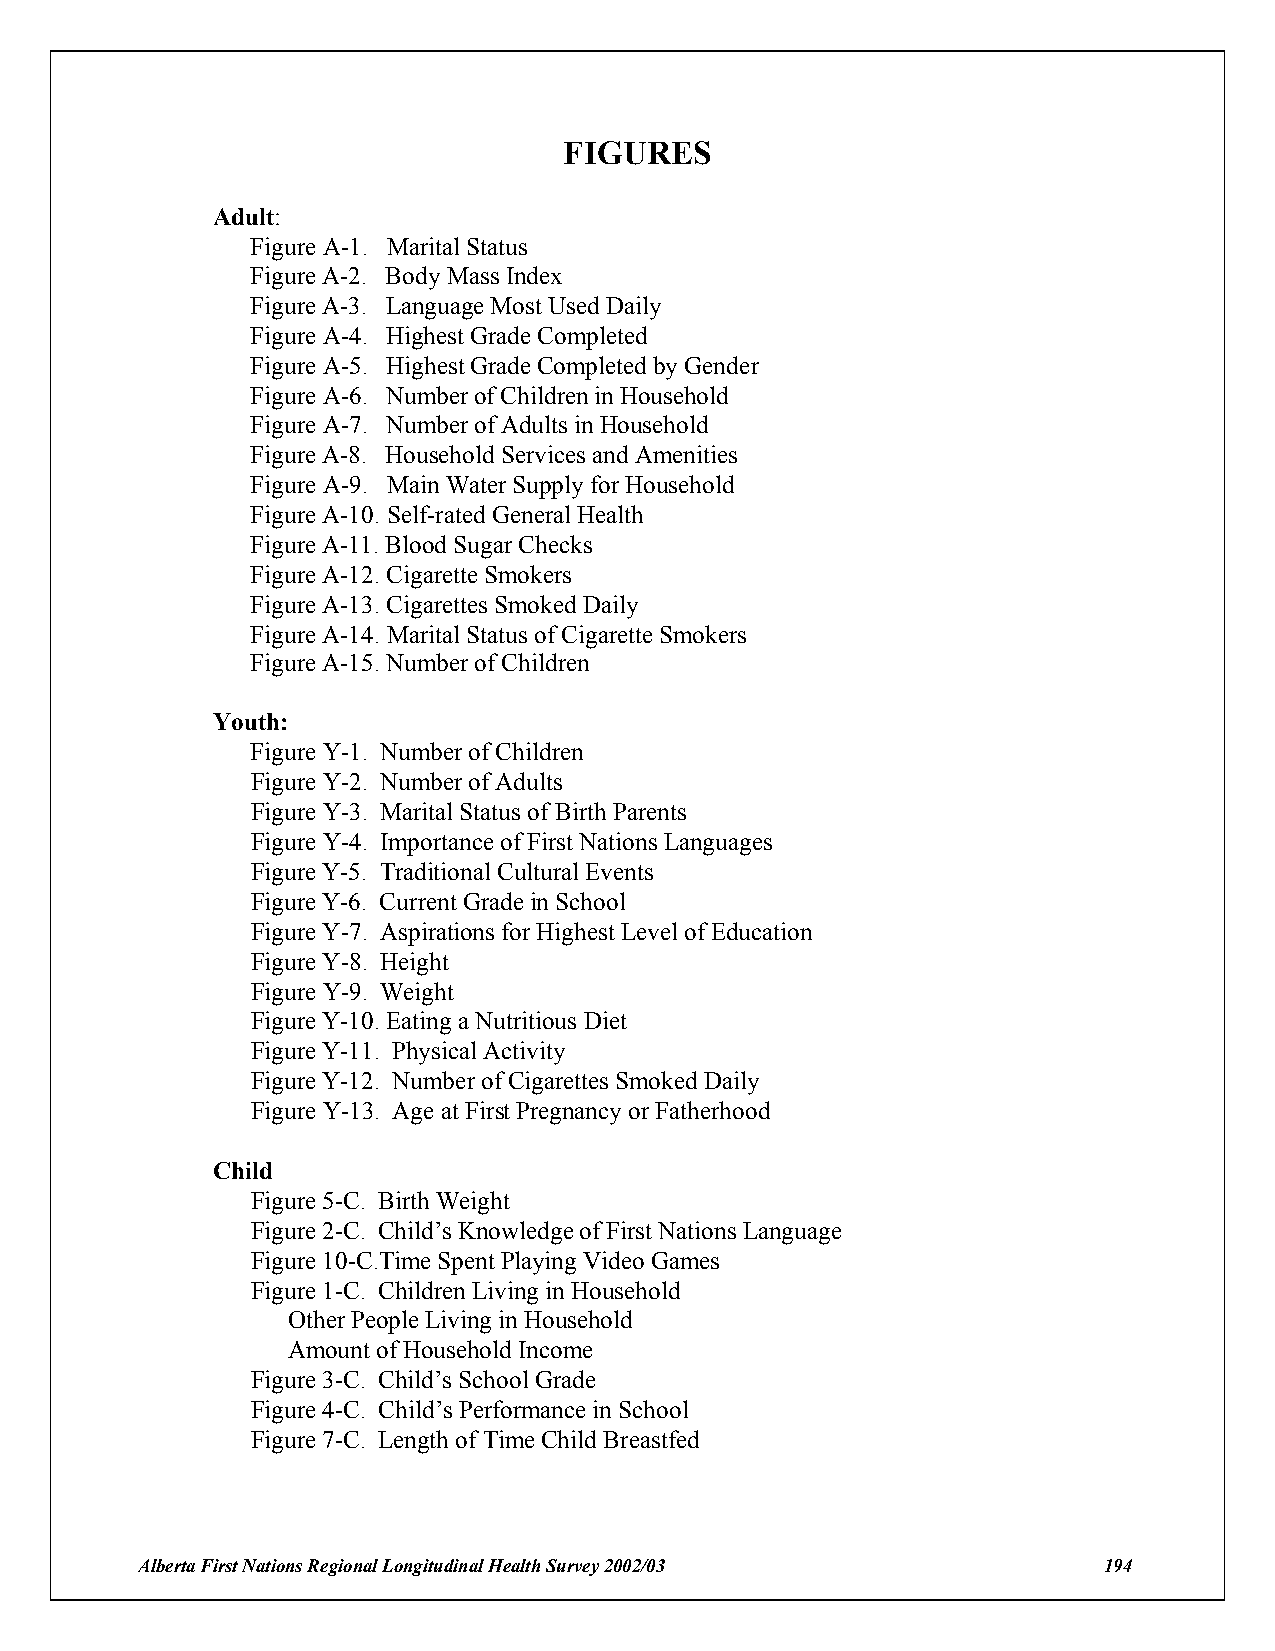
FIGURES
 Adult:
 Figure A-1. Marital Status
 Figure A-2. Body Mass Index
 Figure A-3. Language Most Used Daily
 Figure A-4. Highest Grade Completed
 Figure A-5. Highest Grade Completed by Gender
 Figure A-6. Number of Children in Household
 Figure A-7. Number of Adults in Household
 Figure A-8. Household Services and Amenities
 Figure A-9. Main Water Supply for Household
 Figure A-10. Self-rated General Health
 Figure A-11. Blood Sugar Checks
 Figure A-12. Cigarette Smokers
 Figure A-13. Cigarettes Smoked Daily
 Figure A-14. Marital Status of Cigarette Smokers
 Figure A-15. Number of Children
 Youth:
 Figure Y-1. Number of Children
 Figure Y-2. Number of Adults
 Figure Y-3. Marital Status of Birth Parents
 Figure Y-4. Importance of First Nations Languages
 Figure Y-5. Traditional Cultural Events
 Figure Y-6. Current Grade in School
 Figure Y-7. Aspirations for Highest Level of Education
 Figure Y-8. Height
 Figure Y-9. Weight
 Figure Y-10. Eating a Nutritious Diet
 Figure Y-11. Physical Activity
 Figure Y-12. Number of Cigarettes Smoked Daily
 Figure Y-13. Age at First Pregnancy or Fatherhood
 Child
 Figure 5-C. Birth Weight
 Figure 2-C. Child’s Knowledge of First Nations Language
 Figure 10-C.Time Spent Playing Video Games
 Figure 1-C. Children Living in Household
 Other People Living in Household
 Amount of Household Income
 Figure 3-C. Child’s School Grade
 Figure 4-C. Child’s Performance in School
 Figure 7-C. Length of Time Child Breastfed
 Alberta First Nations Regional Longitudinal Health Survey 2002/03 194